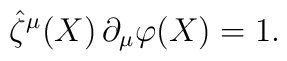
\hat\zeta^\mu(X)\, \partial_\mu\varphi(X)=1.